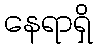
နေရာရှိ